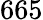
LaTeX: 665